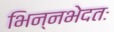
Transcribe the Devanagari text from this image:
भिन्नभेदतः